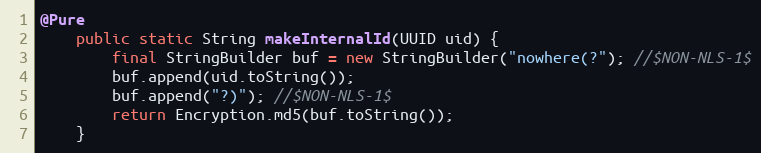
Language: Java
@Pure
	public static String makeInternalId(UUID uid) {
		final StringBuilder buf = new StringBuilder("nowhere(?"); //$NON-NLS-1$
		buf.append(uid.toString());
		buf.append("?)"); //$NON-NLS-1$
		return Encryption.md5(buf.toString());
	}